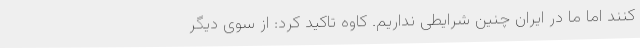
کنند اما ما در ایران چنین شرایطی نداریم. کاوه تاکید کرد: از سوی دیگر